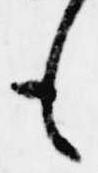
も